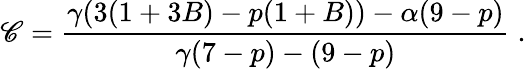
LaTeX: \mathscr{C}=\frac{{\gamma(3(1+3B)-p(1+B))-\alpha(9-p)}}{{\gamma(7-p)-(9-p)}}\; .